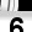
Digit: 6